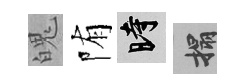
魄陏时搨